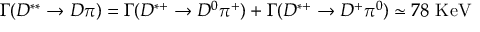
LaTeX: \Gamma ( D ^ { * * } \rightarrow D \pi ) = \Gamma ( D ^ { * + } \rightarrow D ^ { 0 } \pi ^ { + } ) + \Gamma ( D ^ { * + } \rightarrow D ^ { + } \pi ^ { 0 } ) \simeq 7 8 \mathrm { ~ K e V }